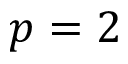
p = 2